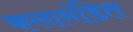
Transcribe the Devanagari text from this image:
कलामंडित